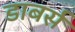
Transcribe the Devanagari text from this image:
डाबर्स